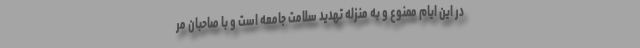
در این ایام ممنوع و به منزله تهدید سلامت جامعه است و با صاحبان مر